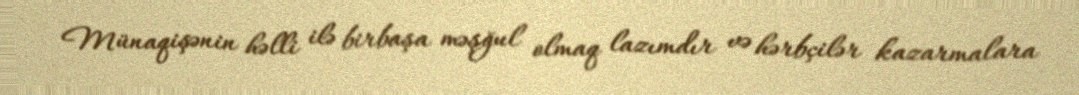
Münaqişənin həlli ilə birbaşa məşğul olmaq lazımdır və hərbçilər kazarmalara